Leningradi_Edasi_toimetus, lk 15
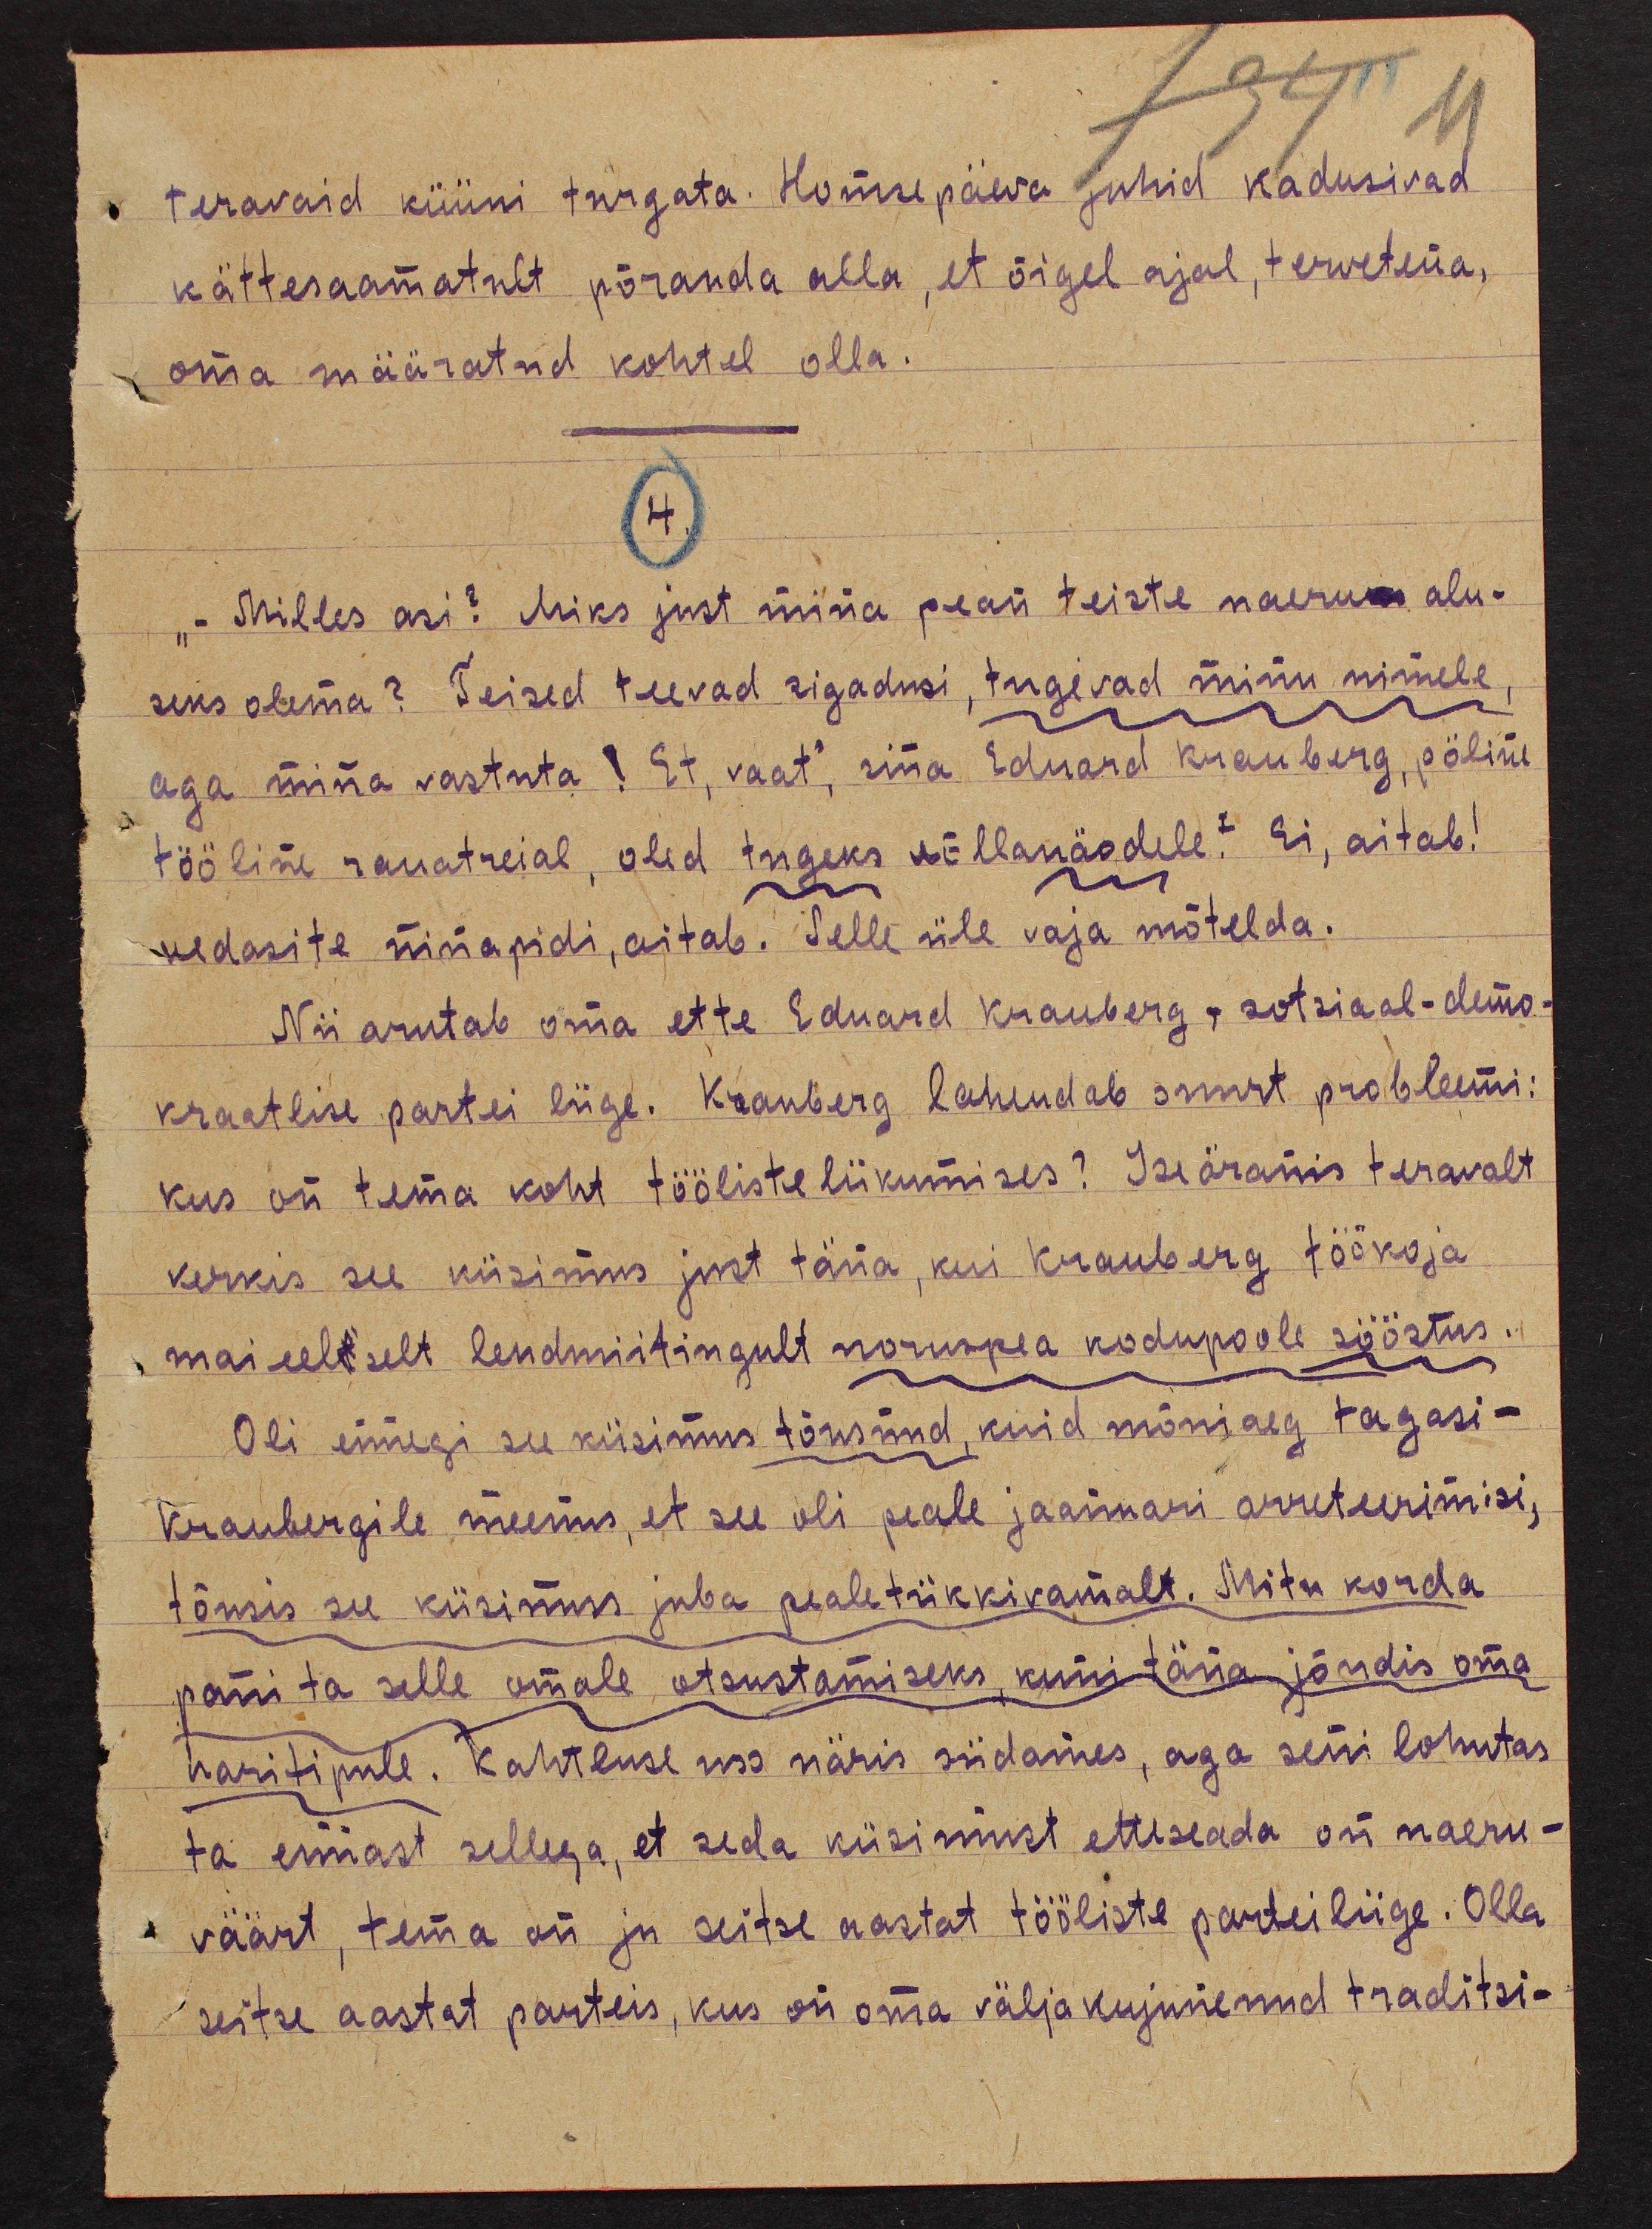
teravaid küüni turgata. Homse päeva juhid kadusivad
kättesaamatult põranda alla, et õigel ajal, tervetena,
oma määratud kohtel olla.
4.
"Milles asi?" Miks just mina pean teiste naeruma alu-
seks olema? Teised teevad sigadusi, tugevad minu nimele
aga mina vastuta! Et, vaat", sina Eduard Krauberg, pöline
tööline rauatreial, oled tugeks võllanäodele? Ei, aitab!
vedasite ninapidi, aitab. Selle üle vaja mõtelda.
Nii arutab oma ette Eduard Krauberg, sotsiaal-demo-
kraatlise partei liige. Krauberg lahendab suurt probleemi:
kus on tema koht töölisteliikumises? Iseäranis teravalt
kerkis see küsimus just täna, kui Krauberg töökoja
mai eelselt lendmiitingult noruspea kodupoole sööstus.
Oli ennegi see küsimus tõusnud, kuid mõniaeg tagasi -
Kraubergile meenus, et see oli peale jaanuari arreteerimisi,
tõusis see küsimus juba pealetükkivamalt. Mitu korda
pani ta selle omale otsustamiseks kuni täna jõudis oma
haritipule. Kahtluse uss näris südames, aga seni lohutas
ta ennast sellega, et seda küsimust etteseada on naeru-
väärt, tema on ju seitse aastat tööliste parteiliige. Olla
seitse aastat parteis, kus on oma väljakujunenud traditsi-